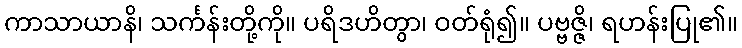
ကာသာယာနိ၊ သင်္ကန်းတို့ကို။ ပရိဒဟိတွာ၊ ဝတ်ရုံ၍။ ပဗ္ဗဇ္ဇိ၊ ရဟန်းပြု၏။